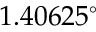
1 . 4 0 6 2 5 ^ { \circ }